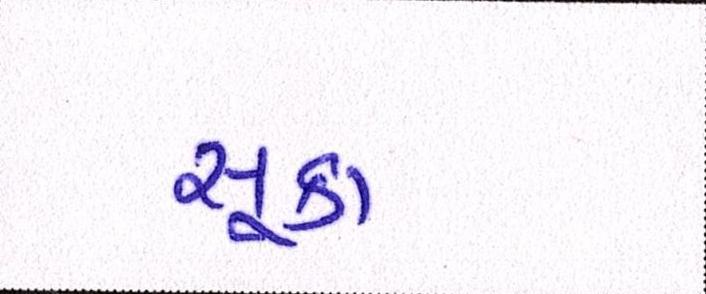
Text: સૂકા